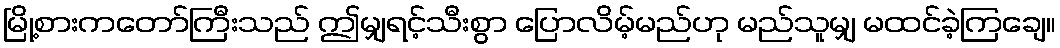
မြို့စားကတော်ကြီးသည် ဤမျှရင့်သီးစွာ ပြောလိမ့်မည်ဟု မည်သူမျှ မထင်ခဲ့ကြချေ။